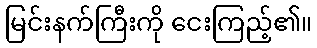
မြင်းနက်ကြီးကို ငေးကြည့်၏။